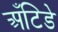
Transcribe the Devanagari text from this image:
अँटिडे